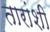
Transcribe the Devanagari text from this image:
तारांशी